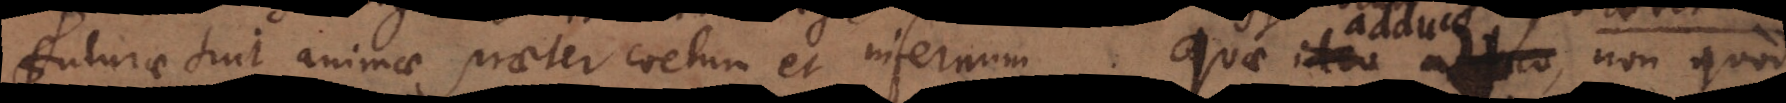
futurae sint animae praeter coelum et infernum. Quae ideo adduco, non quod